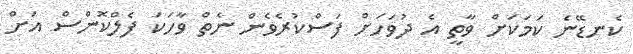
ކެނޑޭނެ ކަމަކަށް ވާތީ އެ ދުވަހަށް ފަސްކުރެވެން ނެތް ވާހަކަ ފެލްކޮންސް އަށް